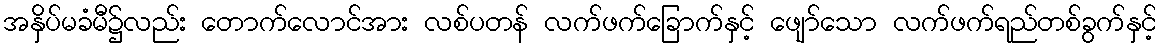
အနှိပ်မခံမီ၌လည်း တောက်လောင်အား လစ်ပတန် လက်ဖက်ခြောက်နှင့် ဖျော်သော လက်ဖက်ရည်တစ်ခွက်နှင့်